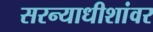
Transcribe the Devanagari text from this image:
सरन्याधीशांवर